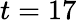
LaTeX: t=17